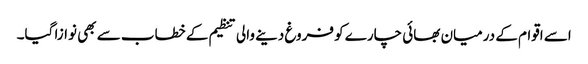
اسے اقوام کے درمیان بھائی چارے کو فروغ دینے والی تنظیم کے خطاب سے بھی نوازا گیا۔